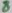
Text: 8